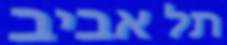
תל אביב